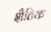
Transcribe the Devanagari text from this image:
क्षैतिक